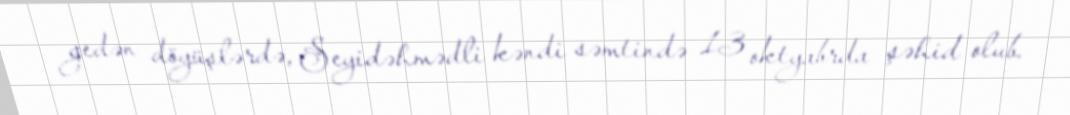
gedən döyüşlərdə, Seyidəhmədli kəndi səmtində 13 oktyabrda şəhid olub.